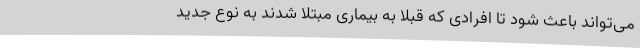
می‌تواند باعث شود تا افرادی که قبلا به بیماری مبتلا شدند به نوع جدید